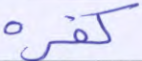
كفره